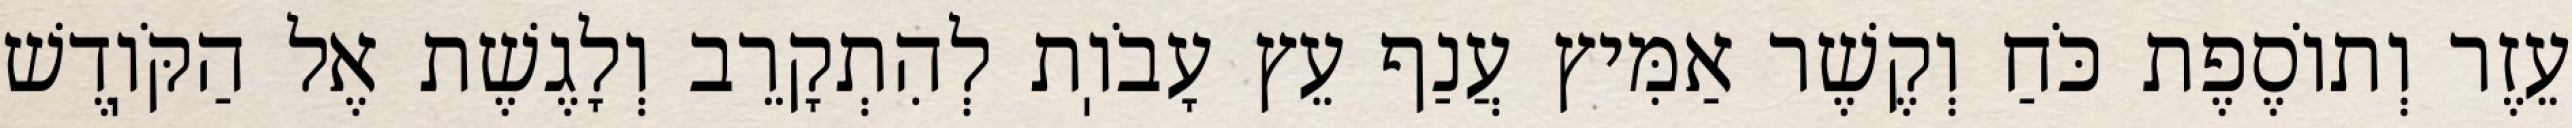
עֵזֶר וְתוֹסֶפֶת כֹּחַ וְקֶשֶׁר אַמִּיץ עֲנַף עֵץ עָבֹוֽת לְהִתְקָרֵב וְלָגֶשֶׁת אֶל הַקֹּוֽדֶשׁ